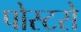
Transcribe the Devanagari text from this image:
पोस्टरो